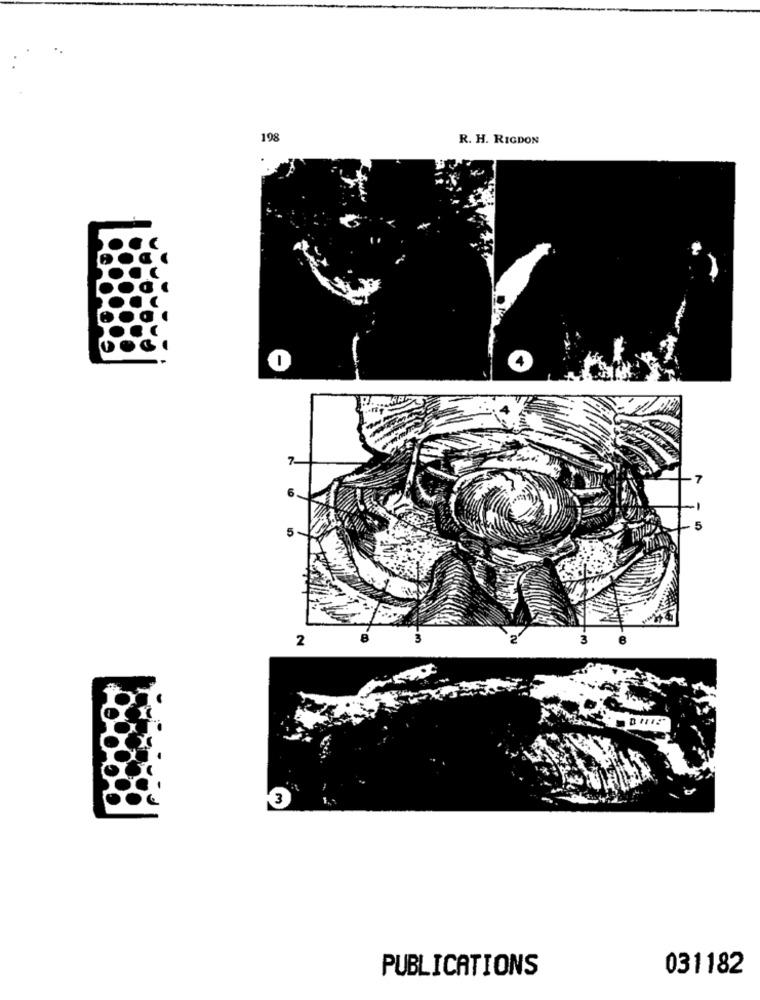
198
R. H. RIGDON
7-
6
5
2
3
3
PUBLICATIONS
031182